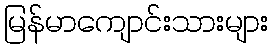
မြန်မာကျောင်းသားများ